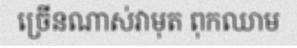
ច្រើនណាស់វាមុត ពុកឈាម